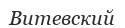
Витевский